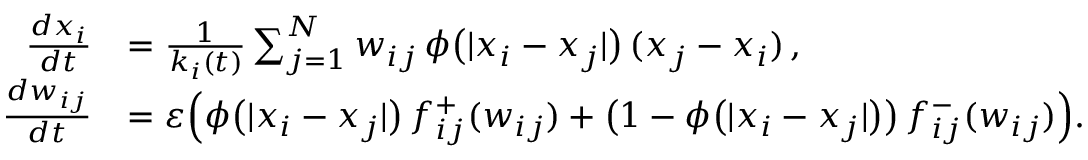
\begin{array} { r l } { \frac { d x _ { i } } { d t } } & { = \frac { 1 } { k _ { i } ( t ) } \sum _ { j = 1 } ^ { N } w _ { i j } \, \phi \big ( | x _ { i } - x _ { j } | \big ) \, ( x _ { j } - x _ { i } ) \, , } \\ { \frac { d w _ { i j } } { d t } } & { = \varepsilon \Big ( \phi \big ( | x _ { i } - x _ { j } | \big ) \, f _ { i j } ^ { + } ( w _ { i j } ) + \big ( 1 - \phi \big ( | x _ { i } - x _ { j } | \big ) \big ) \, f _ { i j } ^ { - } ( w _ { i j } ) \Big ) . } \end{array}